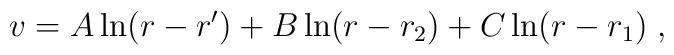
v = A \ln (r - r') + B \ln (r- r_2) + C \ln (r - r_1) \; ,